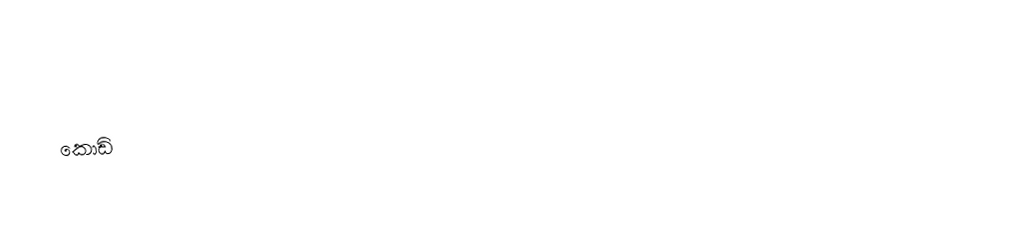
කොඩි